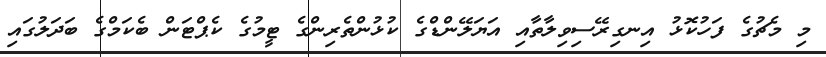
މި މެޗުގެ ފަހުކޮޅު އިނގިރޭސިވިލާތާއި އަޔަލޭންޑްގެ ކުޅުންތެރިންގެ ޓީމުގެ ކެޕްޓަން ބެކަމްގެ ބަދަލުގައި